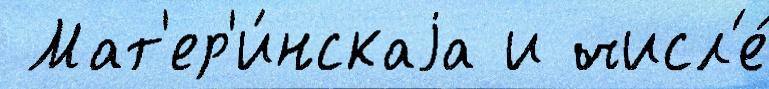
 Мат'ер'и́нскаjа и числ'е́